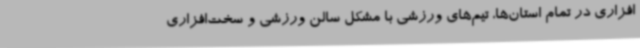
افزاری در تمام استان‌ها، تیم‌های ورزشی با مشکل سالن ورزشی و سخت‌افزاری